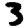
Digit: 3